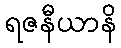
ရဇနီယာနိ